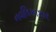
નવલિકાકાર